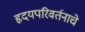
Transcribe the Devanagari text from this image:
हृदयपरिवर्तनाचे